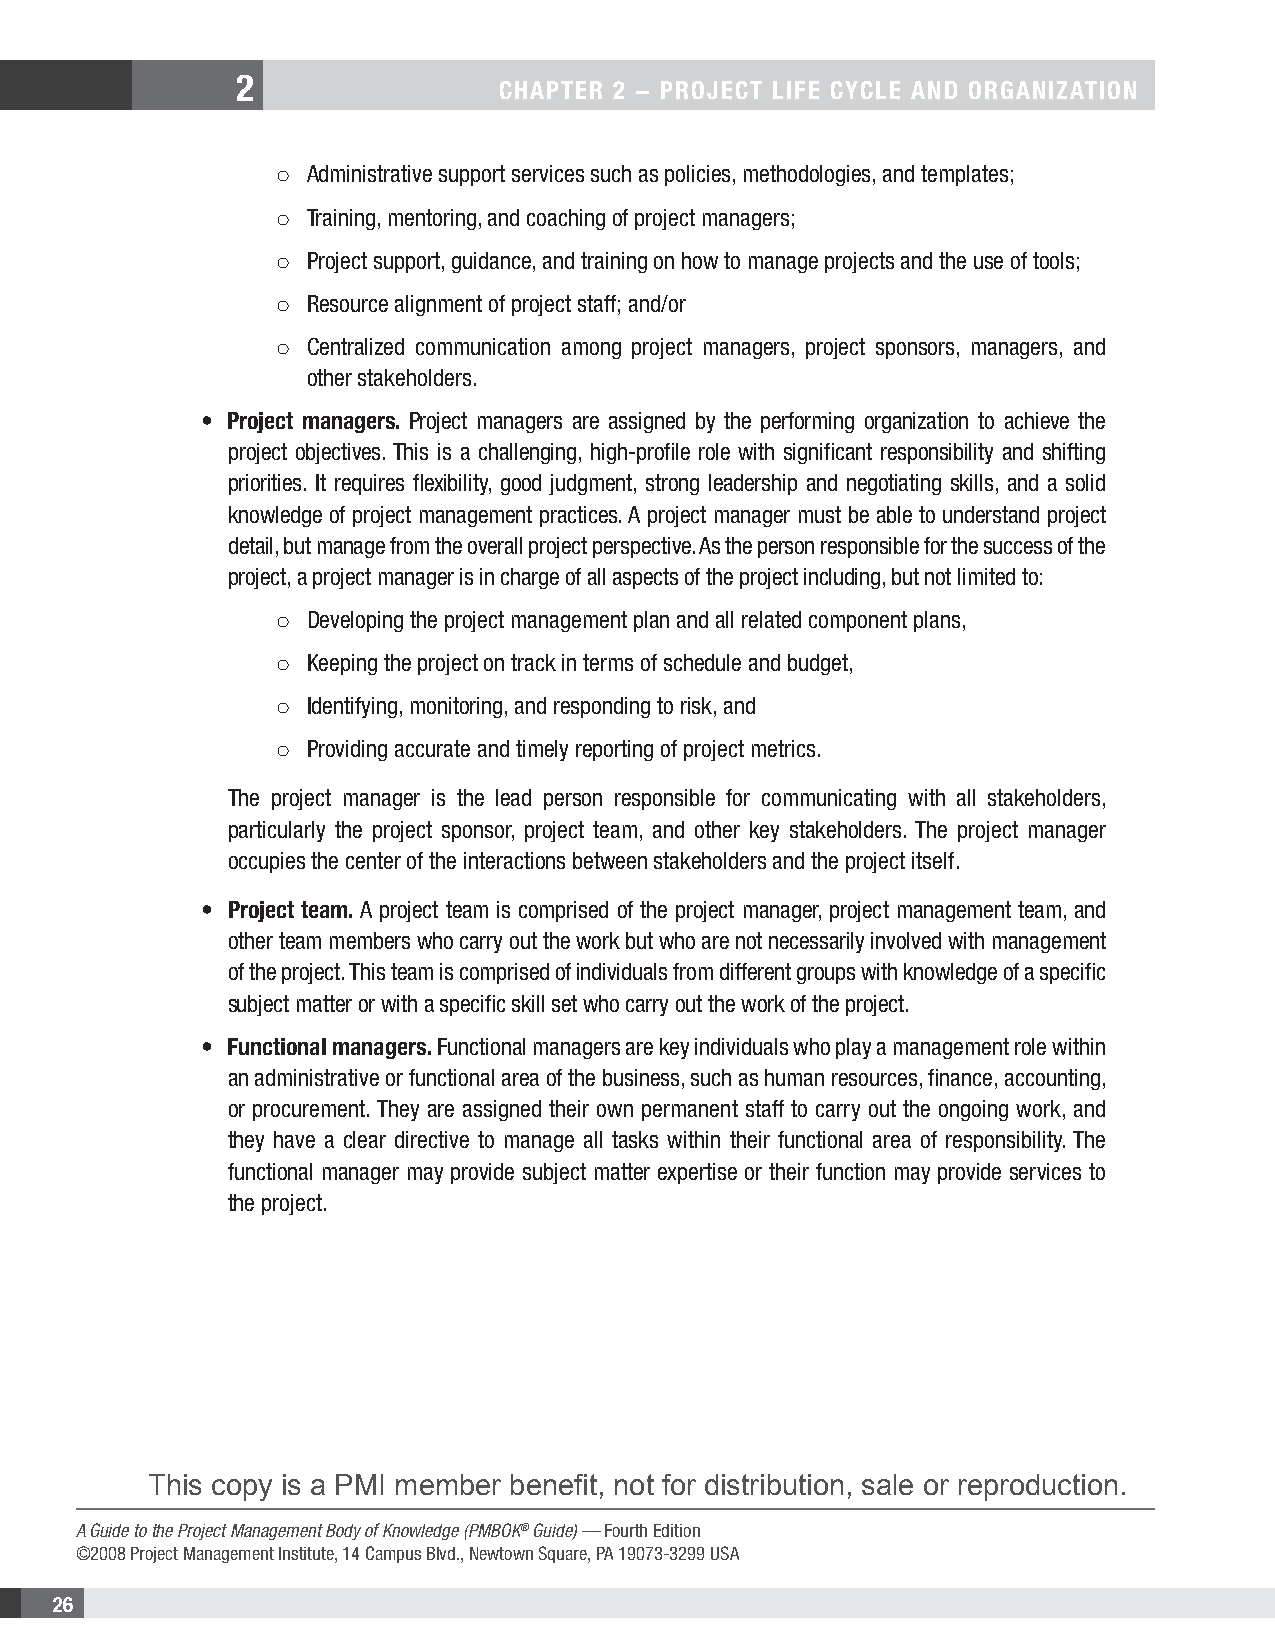
2
 CHAPTER 2 − PROJECT LIFE CYCLE AND ORGANIZATION
 ○  Administrative support services such as policies, methodologies, and templates;
 ○  Training, mentoring, and coaching of project managers;
 ○  Project support, guidance, and training on how to manage projects and the use of tools;
 ○  Resource alignment of project staff; and/or
 ○  Centralized communication among project managers, project sponsors, managers, and
 other stakeholders.
 • Project managers. Project managers are assigned by the performing organization to achieve the
 project objectives. This is a challenging, high-profile role with significant responsibility and shifting
 priorities. It requires flexibility, good judgment, strong leadership and negotiating skills, and a solid
 knowledge of project management practices. A project manager must be able to understand project
 detail, but manage from the overall project perspective. As the person responsible for the success of the
 project, a project manager is in charge of all aspects of the project including, but not limited to:
 ○  Developing the project management plan and all related component plans,
 ○  Keeping the project on track in terms of schedule and budget,
 ○  Identifying, monitoring, and responding to risk, and
 ○  Providing accurate and timely reporting of project metrics.
 The project manager is the lead person responsible for communicating with all stakeholders,
 particularly the project sponsor, project team, and other key stakeholders. The project manager
 occupies the center of the interactions between stakeholders and the project itself.
 • Project team. A project team is comprised of the project manager, project management team, and
 other team members who carry out the work but who are not necessarily involved with management
 of the project. This team is comprised of individuals from different groups with knowledge of a specific
 subject matter or with a specific skill set who carry out the work of the project.
 • Functional managers. Functional managers are key individuals who play a management role within
 an administrative or functional area of the business, such as human resources, finance, accounting,
 or procurement. They are assigned their own permanent staff to carry out the ongoing work, and
 they have a clear directive to manage all tasks within their functional area of responsibility. The
 functional manager may provide subject matter expertise or their function may provide services to
 the project.
 This copy is a PMI member benefit, not for distribution, sale or reproduction.
 A Guide to the Project Management Body of Knowledge (PMBOK® Guide) — Fourth Edition
 ©2008 Project Management Institute, 14 Campus Blvd., Newtown Square, PA 19073-3299 USA
 26